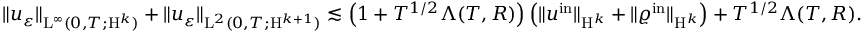
\begin{array} { r } { \Vert u _ { \varepsilon } \Vert _ { \mathrm { L } ^ { \infty } ( 0 , T ; \mathrm { H } ^ { k } ) } + \Vert u _ { \varepsilon } \Vert _ { \mathrm { L } ^ { 2 } ( 0 , T ; \mathrm { H } ^ { k + 1 } ) } \lesssim \left( 1 + T ^ { 1 / 2 } \Lambda ( T , R ) \right) \left( \Vert u ^ { \mathrm { i n } } \Vert _ { \mathrm { H } ^ { k } } + \Vert \varrho ^ { \mathrm { i n } } \Vert _ { \mathrm { H } ^ { k } } \right) + T ^ { 1 / 2 } \Lambda ( T , R ) . } \end{array}